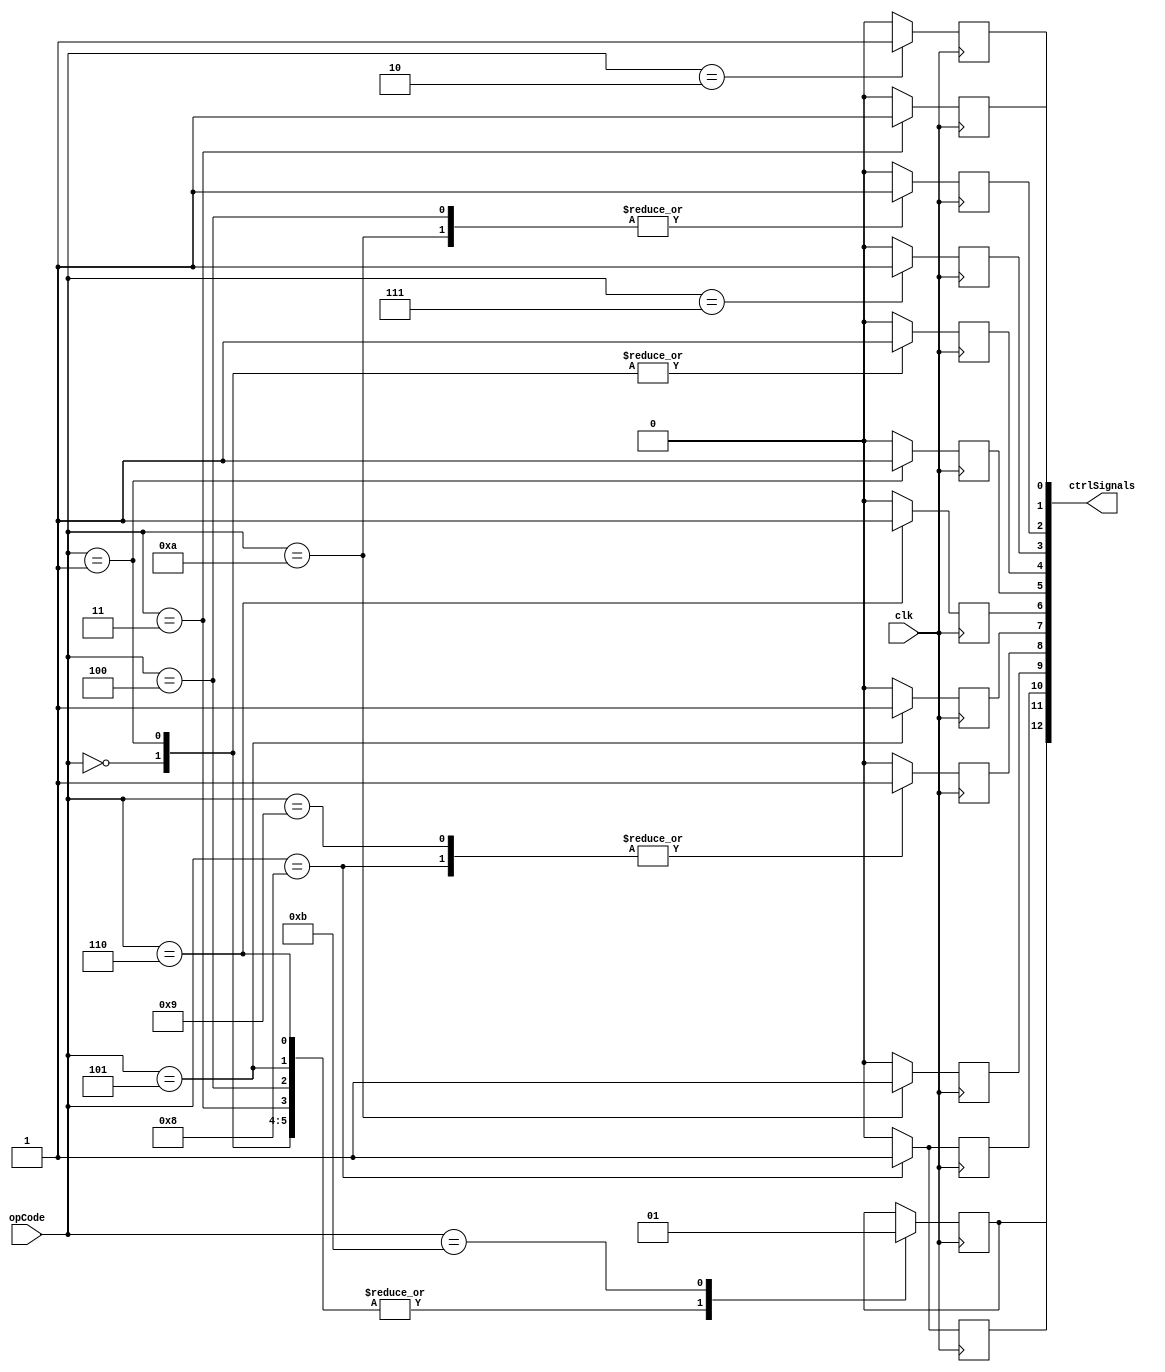
// ============================================================================
//   Ver  :| Author					:| Mod. Date :| Changes Made:
//   V1.0 :| viCppDev			   :| 04/02/2021:| Control Unit
//   V1.1 :| viCppDev			   :| 07/02/2021:| Added inconditional Jumps
// ============================================================================


module ControlUnit (
	input clk, 
	input wire [3:0] opCode, 	
	output wire [12:0] ctrlSignals
	);
	
	reg [9:0] debR;
	
	reg ucA;
	reg ucB;
	reg ucZ;
	reg ucY;
	reg ucR;
	reg ucALU;
	reg ucShfU;
	reg ucShfD;
	reg ucRam;
	reg ucMuxA;
	reg ucMuxB;
	reg ucDex;
	reg ucJp;
	
	reg [3:0]cmd;
	
	assign ctrlSignals[0] = ucA;     
	assign ctrlSignals[1] = ucB;
	assign ctrlSignals[2] = ucZ;
	assign ctrlSignals[3] = ucY;
	assign ctrlSignals[4] = ucR;
	assign ctrlSignals[5] = ucALU;  
	assign ctrlSignals[6] = ucShfU; 
	assign ctrlSignals[7] = ucShfD; 
	assign ctrlSignals[8] = ucRam; 
	assign ctrlSignals[9] = ucMuxA; 
	assign ctrlSignals[10] = ucMuxB; 
	assign ctrlSignals[11] = ucDex; 
	assign ctrlSignals[12] = ucJp; 
	
	
	initial begin
		ucA <= 0;
		ucB <= 0;
		ucZ <= 0;
		ucY <= 0;
		ucR <= 0;
		ucRam <= 0;
	end
	
	
	always @(posedge(clk)) begin
	
		case (opCode)
		4'b0000 : begin //ADD
						ucRam  = 0;
						ucA = 0;
						ucB = 0;
						ucZ = 0;
						ucY = 0;
						ucR = 1;
						ucALU = 0;
						ucShfD = 0;
						ucShfU = 0;
						ucMuxA = 0;
						ucMuxB = 0;
						ucDex = 0;	
						ucJp = 0;
					 end
			
		4'b0001 : begin // SUB
						ucRam  = 0;
						ucA = 0;
						ucB = 0;
						ucZ = 0;
						ucY = 0;
						ucR = 1;
						ucALU = 1;
						ucShfD = 0;
						ucShfU = 0;
						ucMuxA = 0;
						ucMuxB = 0;
						ucDex = 0;	
						ucJp = 0;
					 end
					 
		4'b0010 : begin // LOAD A
						ucRam  = 0;
						ucA = 1;
						ucB = 0;
						ucZ = 0;
						ucY = 0;
						ucR = 0;
						ucALU = 0;
						ucShfD = 0;
						ucShfU = 0;
						ucMuxA = 0;
						ucMuxB = 0;
						ucDex = 0;	
						ucJp = 0;
					 end
					 
		4'b0011 : begin // LOAD B
						ucRam  = 0;
						ucA = 0;
						ucB = 1;
						ucZ = 0;
						ucY = 0;
						ucR = 0;
						ucALU = 0;
						ucShfD = 0;
						ucShfU = 0;
						ucMuxA = 0;
						ucMuxB = 0;
						ucDex = 0;	
						ucJp = 0;
					 end
					 
		4'b0100 : begin // LOAD Z 
						ucRam  = 0;
						ucA = 0;
						ucB = 0;
						ucZ = 1;
						ucY = 0;
						ucR = 0;
						ucALU = 0;
						ucShfD = 0;
						ucShfU = 0;
						ucMuxA = 0;
						ucMuxB = 0;
						ucDex = 0;	
						ucJp = 0;
					 end
					 
		4'b0101 : begin // LOAD Shift Down
						ucRam  = 0;
						ucA = 0;
						ucB = 0;
						ucZ = 0;
						ucY = 0;
						ucR = 0;	
						ucALU = 0;
						ucShfD = 1;
						ucShfU = 0;
						ucMuxA = 0;
						ucMuxB = 0;
						ucDex = 0;	
						ucJp = 0;
					 end
					 
		4'b0110 : begin // LOAD Shift Up
						ucRam  = 0;
						ucA = 0;
						ucB = 0;
						ucZ = 0;
						ucY = 0;
						ucR = 0;
						ucALU = 0;
						ucShfD = 0;
						ucShfU = 1;
						ucMuxA = 0;
						ucMuxB = 0;
						ucDex = 0;	
						ucJp = 0;
					 end
					 
		4'b0111 : begin // LOAD Y(RAM Addr)
						ucRam  = 0;
						ucA = 0;
						ucB = 0;
						ucZ = 0;
						ucY = 1;
						ucR = 0;	
						ucALU = 0;
						ucShfD = 0;
						ucShfU = 0;
						ucMuxA = 0;
						ucMuxB = 0;
						ucDex = 0;//must be 0		
						ucJp = 0;
					 end
					 
		4'b1000 : begin // Store RAM new value
						ucRam  = 1;
						ucA = 0;
						ucB = 0;
						ucZ = 0;
						ucY = 0;
						ucR = 0;	
						ucALU = 0;
						ucShfD = 0;
						ucShfU = 0;
						ucMuxA = 0;
						ucMuxB = 1;
						ucDex = 1;	
						ucJp = 0;
					 end
					 
		4'b1001 : begin // Store RAM result
						ucRam  = 1;
						ucA = 0;
						ucB = 0;
						ucZ = 0;
						ucY = 0;
						ucR = 0;	
						ucALU = 0;
						ucShfD = 0;
						ucShfU = 0;
						ucMuxA = 0;
						ucMuxB = 0;
						ucDex = 0;	
						ucJp = 0;	
					 end
					 
		4'b1010 : begin // LOAD Z RAM
						ucRam  = 0;
						ucA = 0;
						ucB = 0;
						ucZ = 1;
						ucY = 0;
						ucR = 0;	
						ucALU = 0;
						ucShfD = 0;
						ucShfU = 0;
						ucMuxA = 1;
						ucMuxB = 0;
						ucDex = 0;	
						ucJp = 0;	
					 end
					 
		4'b1011 : begin // JUMP INCONDITIONAL
						ucRam  = 0;
						ucA = 0;
						ucB = 0;
						ucZ = 0;
						ucY = 0;
						ucR = 0;	
						ucALU = 0;
						ucShfD = 0;
						ucShfU = 0;
						ucMuxA = 0;
						ucMuxB = 0;
						ucDex = 0;	
						ucJp = 1;
					 end
				
					 
					 
		default: begin 
						ucRam = 0;
						ucA = 0;
						ucB = 0;
						ucZ = 0;
						ucY = 0;
						ucR = 0;
						ucALU = 0;
						ucShfD = 0;
						ucShfU = 0;
						ucMuxA = 0;
						ucMuxB = 0;
						ucDex = 0;
					 end
					 
		endcase
		
	
	end
	

endmodule